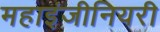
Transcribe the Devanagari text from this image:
महाइंजीनियरी